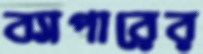
ব্যাপারের